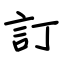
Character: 訂